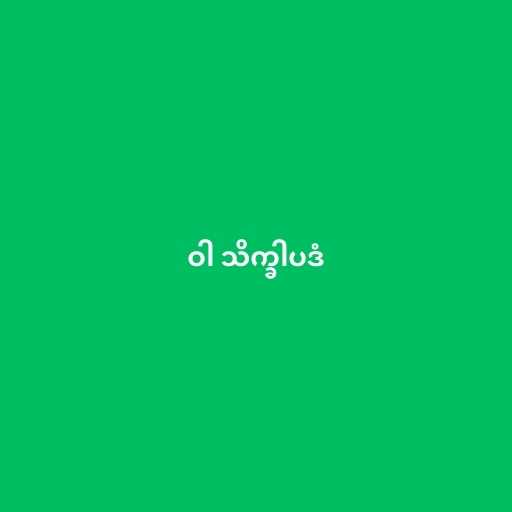
ဝါ သိက္ခါပဒံ